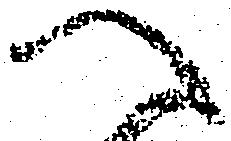
へ